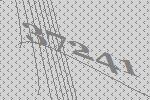
37241